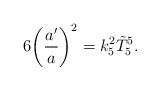
\begin{align*}6\biggl (\frac{a'}{a}\biggr )^{2}=k_{5}^{2}\tilde{T}^{5}_{5}.\end{align*}